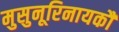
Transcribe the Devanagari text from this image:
मुसुनूरिनायकौ